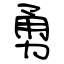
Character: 勇